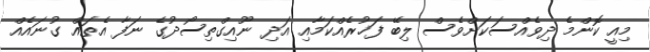
މިއީ ކޮންމެ ދިވެއްސަކަށްވެސް ލިބޭ ފަޚުރެއްކަމާއި އަދި ނޫއިގްތިސޯދުގެ ނަފާ އެތައް ގުނައެއް